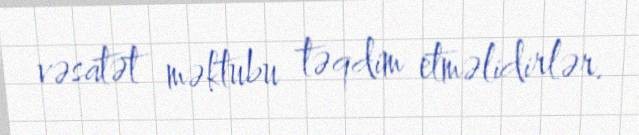
vəsatət məktubu təqdim etməlidirlər.